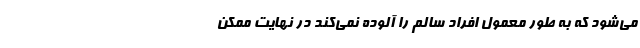
می‌شود که به‌ طور معمول افراد سالم را آلوده نمی‌کند در نهایت ممکن